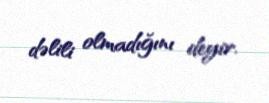
dəlili olmadığını deyir.